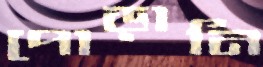
পোড়ানি